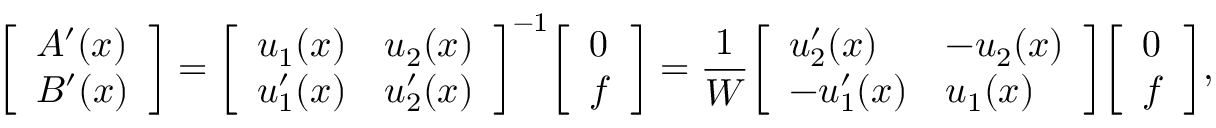
{ \left[ \begin{array} { l } { A ^ { \prime } ( x ) } \\ { B ^ { \prime } ( x ) } \end{array} \right] } = { \left[ \begin{array} { l l } { u _ { 1 } ( x ) } & { u _ { 2 } ( x ) } \\ { u _ { 1 } ^ { \prime } ( x ) } & { u _ { 2 } ^ { \prime } ( x ) } \end{array} \right] } ^ { - 1 } { \left[ \begin{array} { l } { 0 } \\ { f } \end{array} \right] } = { \frac { 1 } { W } } { \left[ \begin{array} { l l } { u _ { 2 } ^ { \prime } ( x ) } & { - u _ { 2 } ( x ) } \\ { - u _ { 1 } ^ { \prime } ( x ) } & { u _ { 1 } ( x ) } \end{array} \right] } { \left[ \begin{array} { l } { 0 } \\ { f } \end{array} \right] } ,